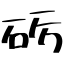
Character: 砺